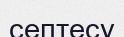
септесу